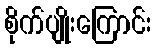
စိုက်ပျိုးကြောင်း